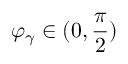
\varphi _ { \gamma } \in ( 0 , \frac { \pi } { 2 } )